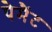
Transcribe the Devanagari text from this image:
पेमैंट